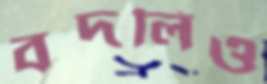
বদলিও